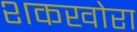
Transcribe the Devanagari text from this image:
शकखोरा